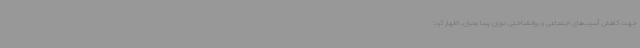
جهت کاهش آسیب‌های اجتماعی و روانشناختی دوران پسا بحران، اظهار کرد: